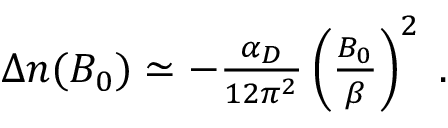
\begin{array} { r } { \Delta n ( B _ { 0 } ) \simeq - \frac { \alpha _ { D } } { 1 2 \pi ^ { 2 } } \left( \frac { B _ { 0 } } { \beta } \right) ^ { 2 } \; . } \end{array}